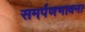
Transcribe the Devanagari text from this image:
समर्पणभावना